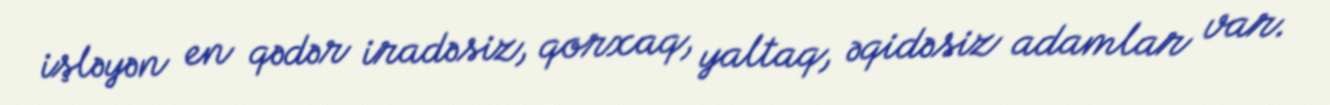
işləyən en qədər iradəsiz, qorxaq, yaltaq, əqidəsiz adamlar var.